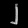
Digit: ၂